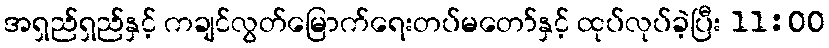
အရှည်ရှည်နှင့် ကချင်လွတ်မြောက်ရေးတပ်မတော်နှင့် ထုပ်လုပ်ခဲ့ပြီး 11:00